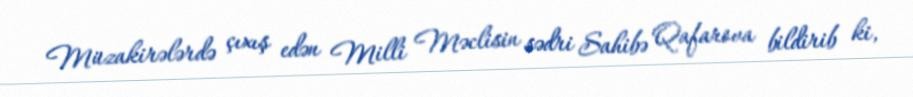
Müzakirələrdə çıxış edən Milli Məclisin sədri Sahibə Qafarova bildirib ki,